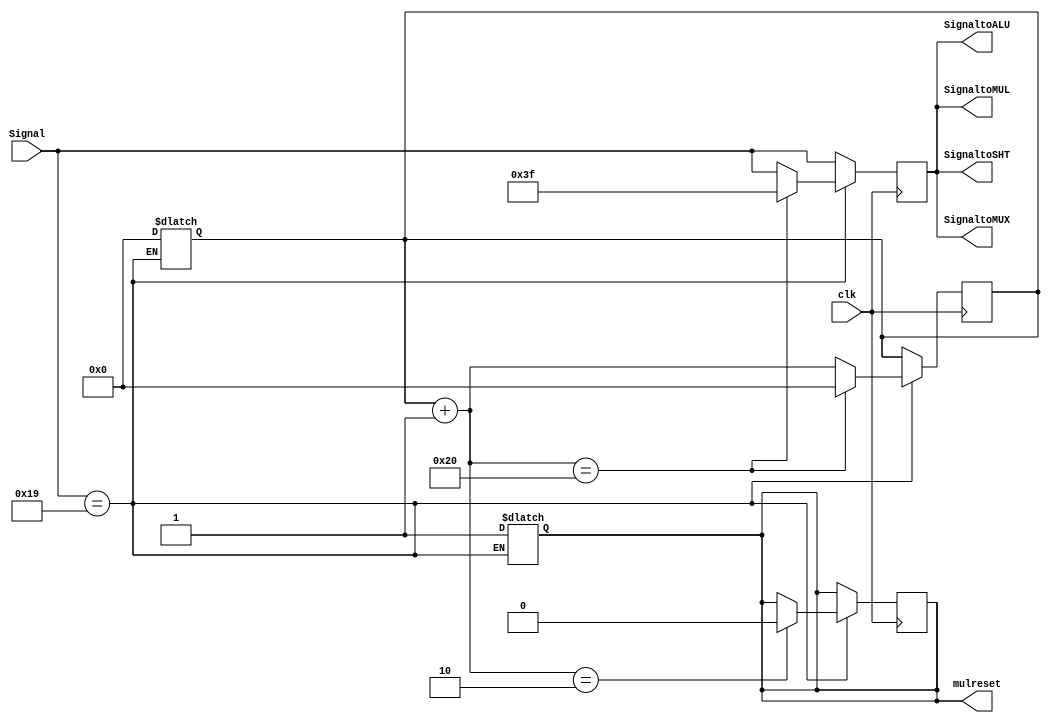
`timescale 1ns / 1ns
module ALUControl (
    clk,
    Signal,
    SignaltoALU,
    SignaltoSHT,
    SignaltoMUL,
    SignaltoMUX,
    mulreset
);
    input clk;
    input [5:0] Signal;
    output [5:0] SignaltoALU;
    output [5:0] SignaltoSHT;
    output [5:0] SignaltoMUL;
    output [5:0] SignaltoMUX;
    output reg mulreset;

    //   Signal ( 6-bits)?
    //   AND  : 36
    //   OR   : 37
    //   ADD  : 32
    //   SUB  : 34
    //   SRL  : 2
    //   SLT  : 42
    //   DIVU : 27


    reg [5:0] temp;
    reg [6:0] counter;


    parameter AND = 6'b100100;
    parameter OR = 6'b100101;
    parameter ADD = 6'b100000;
    parameter SUB = 6'b100010;
    parameter SLT = 6'b101010;

    parameter SRL = 6'b000010;
    parameter MULTU = 6'b011001;
    parameter MFHI = 6'b010000;
    parameter MFLO = 6'b010010;

    initial begin
        mulreset = 0;
    end

    always @(Signal) begin
        if (Signal == MULTU) begin
            counter = 0;
            mulreset <= 1;
        end

    end

    always @(posedge clk) begin
        temp = Signal;
        if (Signal == MULTU) begin
            counter = counter + 1;
            if (counter == 2) begin
                mulreset <= 0;
            end
            if (counter == 32) begin
                temp <= 6'b111111;  // Open HiLo reg for Div
                counter <= 0;
            end
        end
        /*
32clkM}HiLosk?ih
*/
    end


    assign SignaltoALU = temp;
    assign SignaltoSHT = temp;
    assign SignaltoMUL = temp;
    assign SignaltoMUX = temp;


endmodule